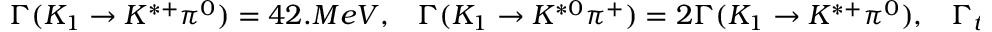
\Gamma ( K _ { 1 } \rightarrow K ^ { * + } \pi ^ { 0 } ) = 4 2 . M e V , \; \; \; \Gamma ( K _ { 1 } \rightarrow K ^ { * 0 } \pi ^ { + } ) = 2 \Gamma ( K _ { 1 } \rightarrow K ^ { * + } \pi ^ { 0 } ) , \; \; \; \Gamma _ { t o t } = 1 2 6 . M e V .